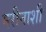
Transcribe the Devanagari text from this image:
मरीनाशी